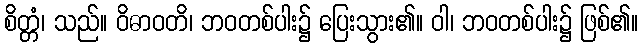
စိတ္တံ၊ သည်။ ဝိဓာဝတိ၊ ဘဝတစ်ပါး၌ ပြေးသွား၏။ ဝါ၊ ဘဝတစ်ပါး၌ ဖြစ်၏။